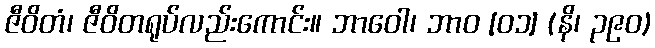
ဇီဝိတံ၊ ဇီဝိတရုပ်လည်းကောင်း။ ဘာဝေါ၊ ဘာဝ [၀၁] (နိ၊ ၃၉၀)